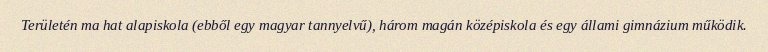
Területén ma hat alapiskola (ebből egy magyar tannyelvű), három magán középiskola és egy állami gimnázium működik.